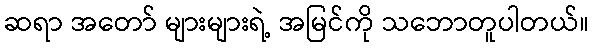
ဆရာ အတော် များများရဲ့ အမြင်ကို သဘောတူပါတယ်။